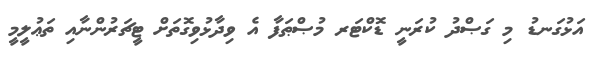
އަޅުގަނޑު މި ގަޞްދު ކުރަނީ ޑޮކްޓަރ މުޞްޠަފާ އެ ވިދާޅުވިގޮތަށް ޓީޗަރުންނާއި ތަޢުލީމީ